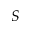
S